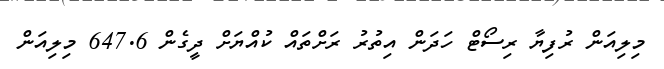
މިލިއަން ރުފިޔާ ރިސޯޓް ހަދަން އިތުރު ރަށްތައް ކުއްޔަށް ދީގެން 647.6 މިލިއަން